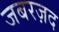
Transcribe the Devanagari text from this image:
जबरज़द